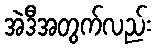
အဲဒီအတွက်လည်း